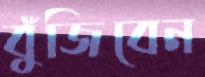
বুঁজিবেন